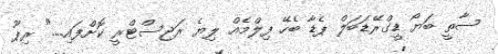
ސާތީ ބަޔޯ ޑީގްރޭޑަބަލް ޕެޑާ ބެހޭ ފިލްމެއް ލިޔެ ރަޖިސްޓްރީ ކޮށްފައި...." ރިޕޫ